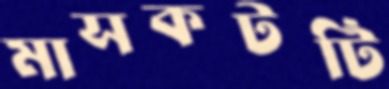
মাসকটটি